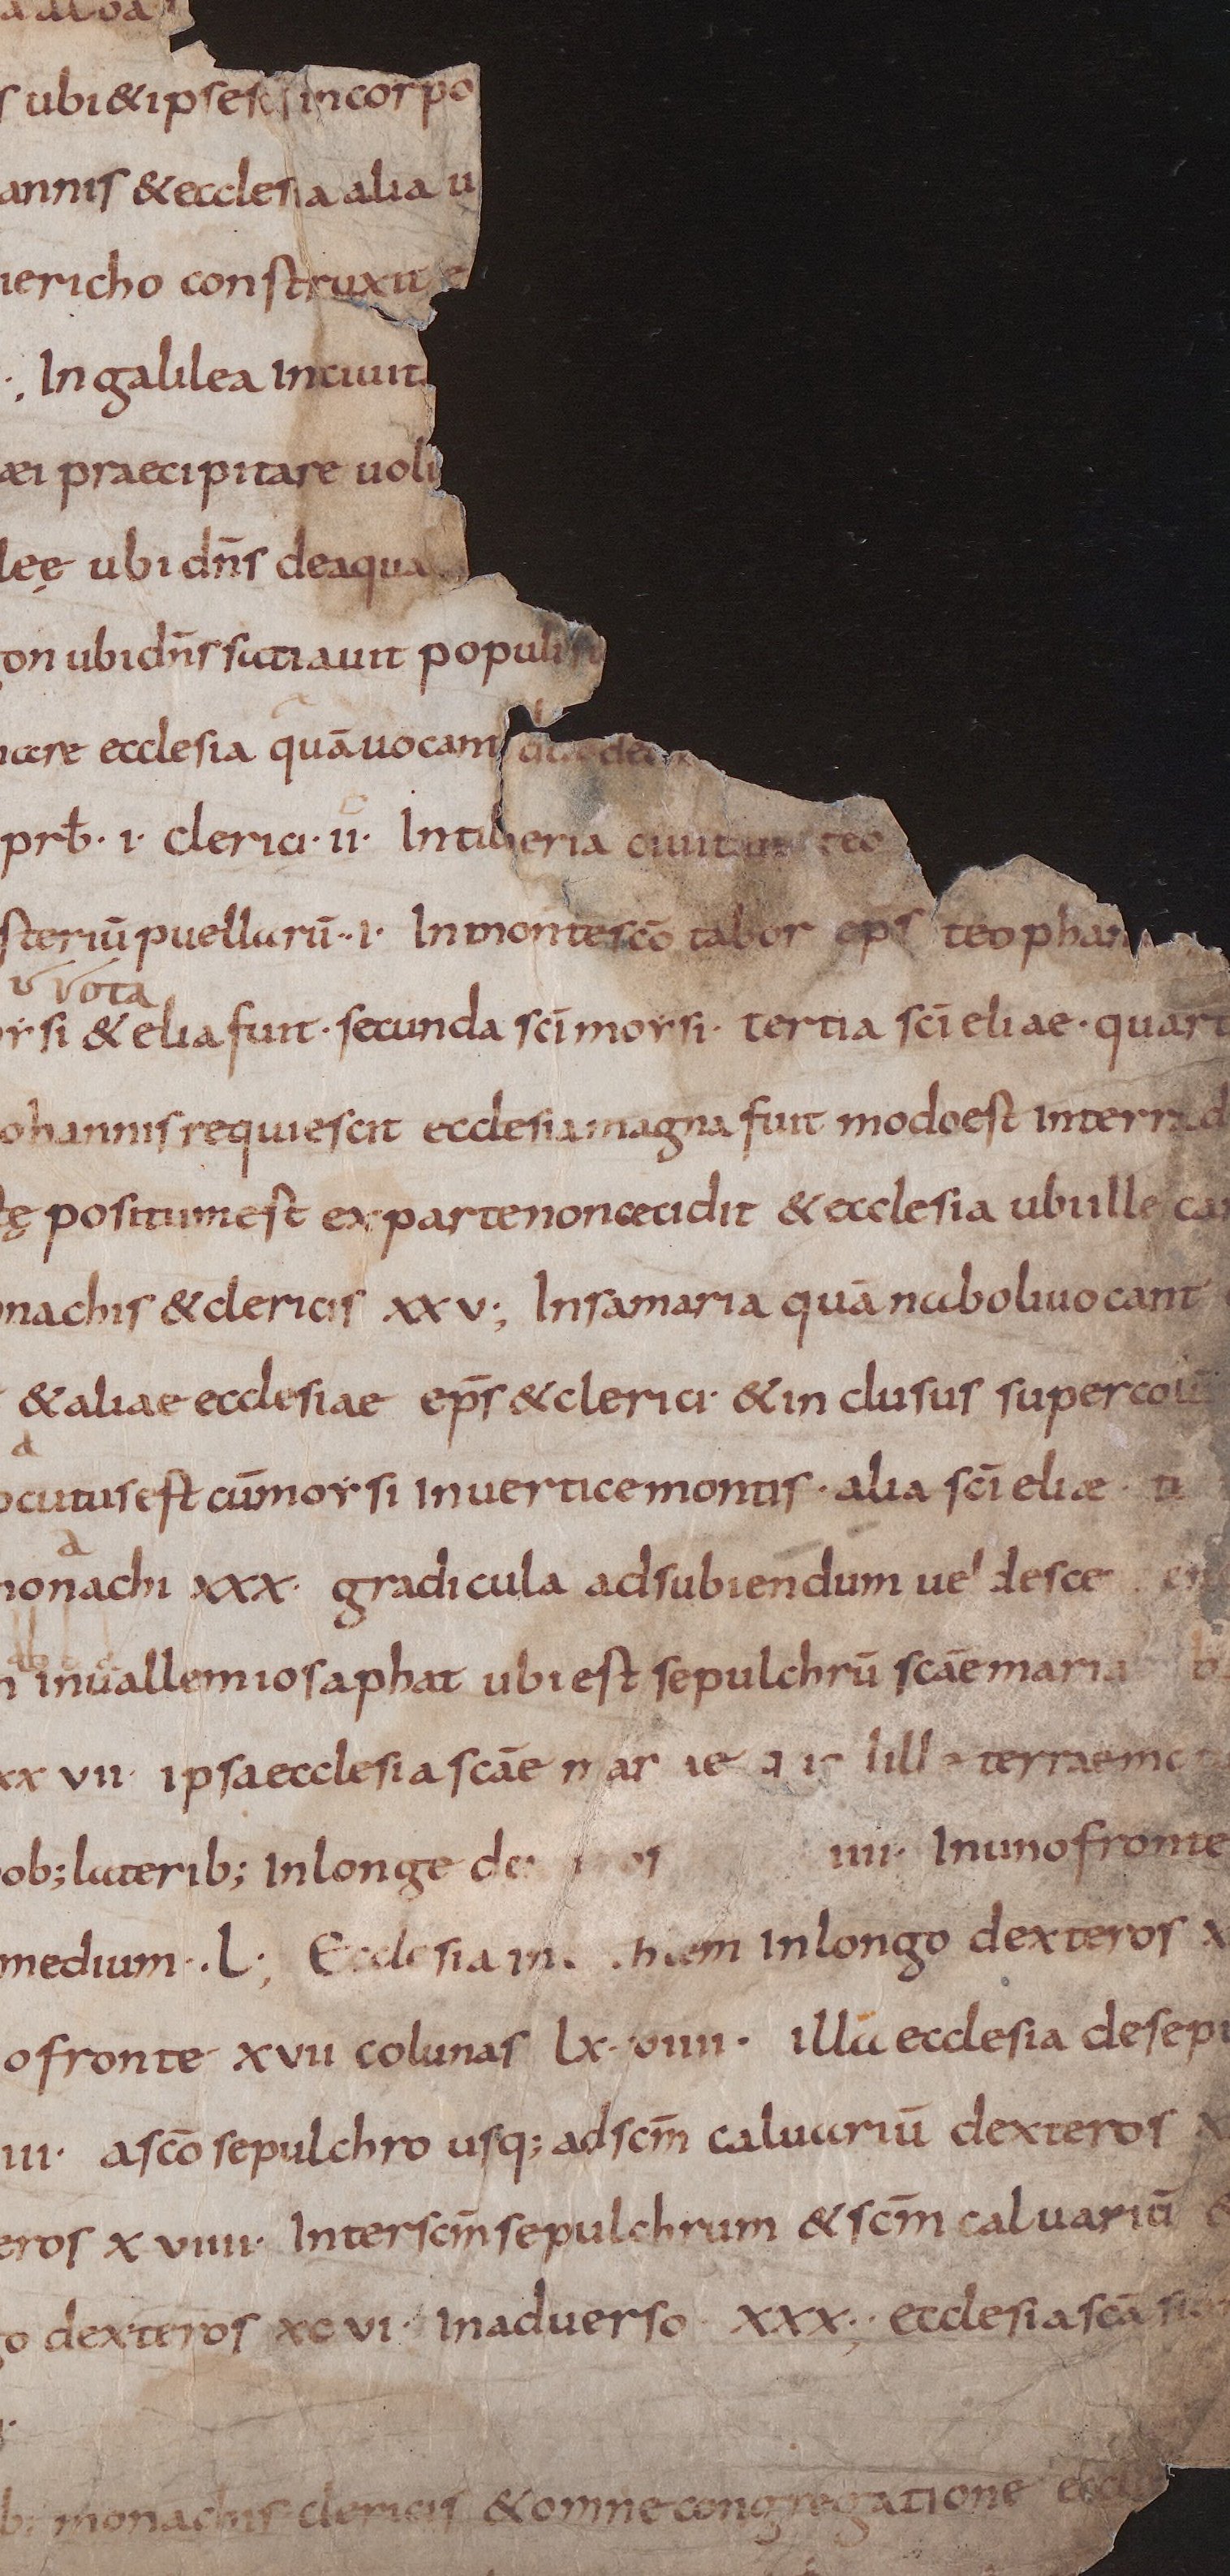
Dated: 825–849